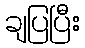
ချပြပြီး